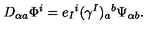
D _ { \alpha a } \Phi ^ { i } = e _ { I } { } ^ { i } ( \gamma ^ { I } ) _ { a } { } ^ { b } \Psi _ { \alpha b } .